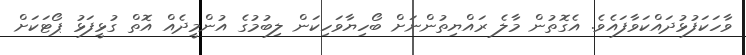
ވާހަކަފުޅުދައްކަވާފައެވެ. އެގޮތުން މާލެ ރައްޔިތުންނަށް ބޯހިޔާވަހިކަން ލިބުމުގެ އުންމީދެއް އޮތް ގުޅީފަޅު ޕޯޓަކަށް